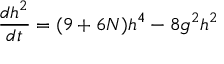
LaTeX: \frac { d h ^ { 2 } } { d t } = ( 9 + 6 N ) h ^ { 4 } - 8 g ^ { 2 } h ^ { 2 }